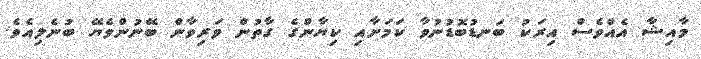
މާއިޝާ އެއްވެސް އިރަކު ބަނޑުބޮޑުނުވާ ކަމަށާއި ކިޔާންގެ ގާތުން ވަރިވާން ބޭނުންވެޔޭ ބުނެލިއެވެ.